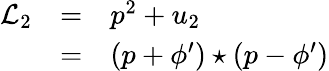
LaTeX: \begin{array}{lcl}{{{\mathcal L}_{2}}}&{{=}}&{{{p}^{2}+u_{2}}}\\ {{}}&{{=}}&{{(p+{\phi}^{\prime})\star(p-{\phi}^{\prime})}}\end{array}